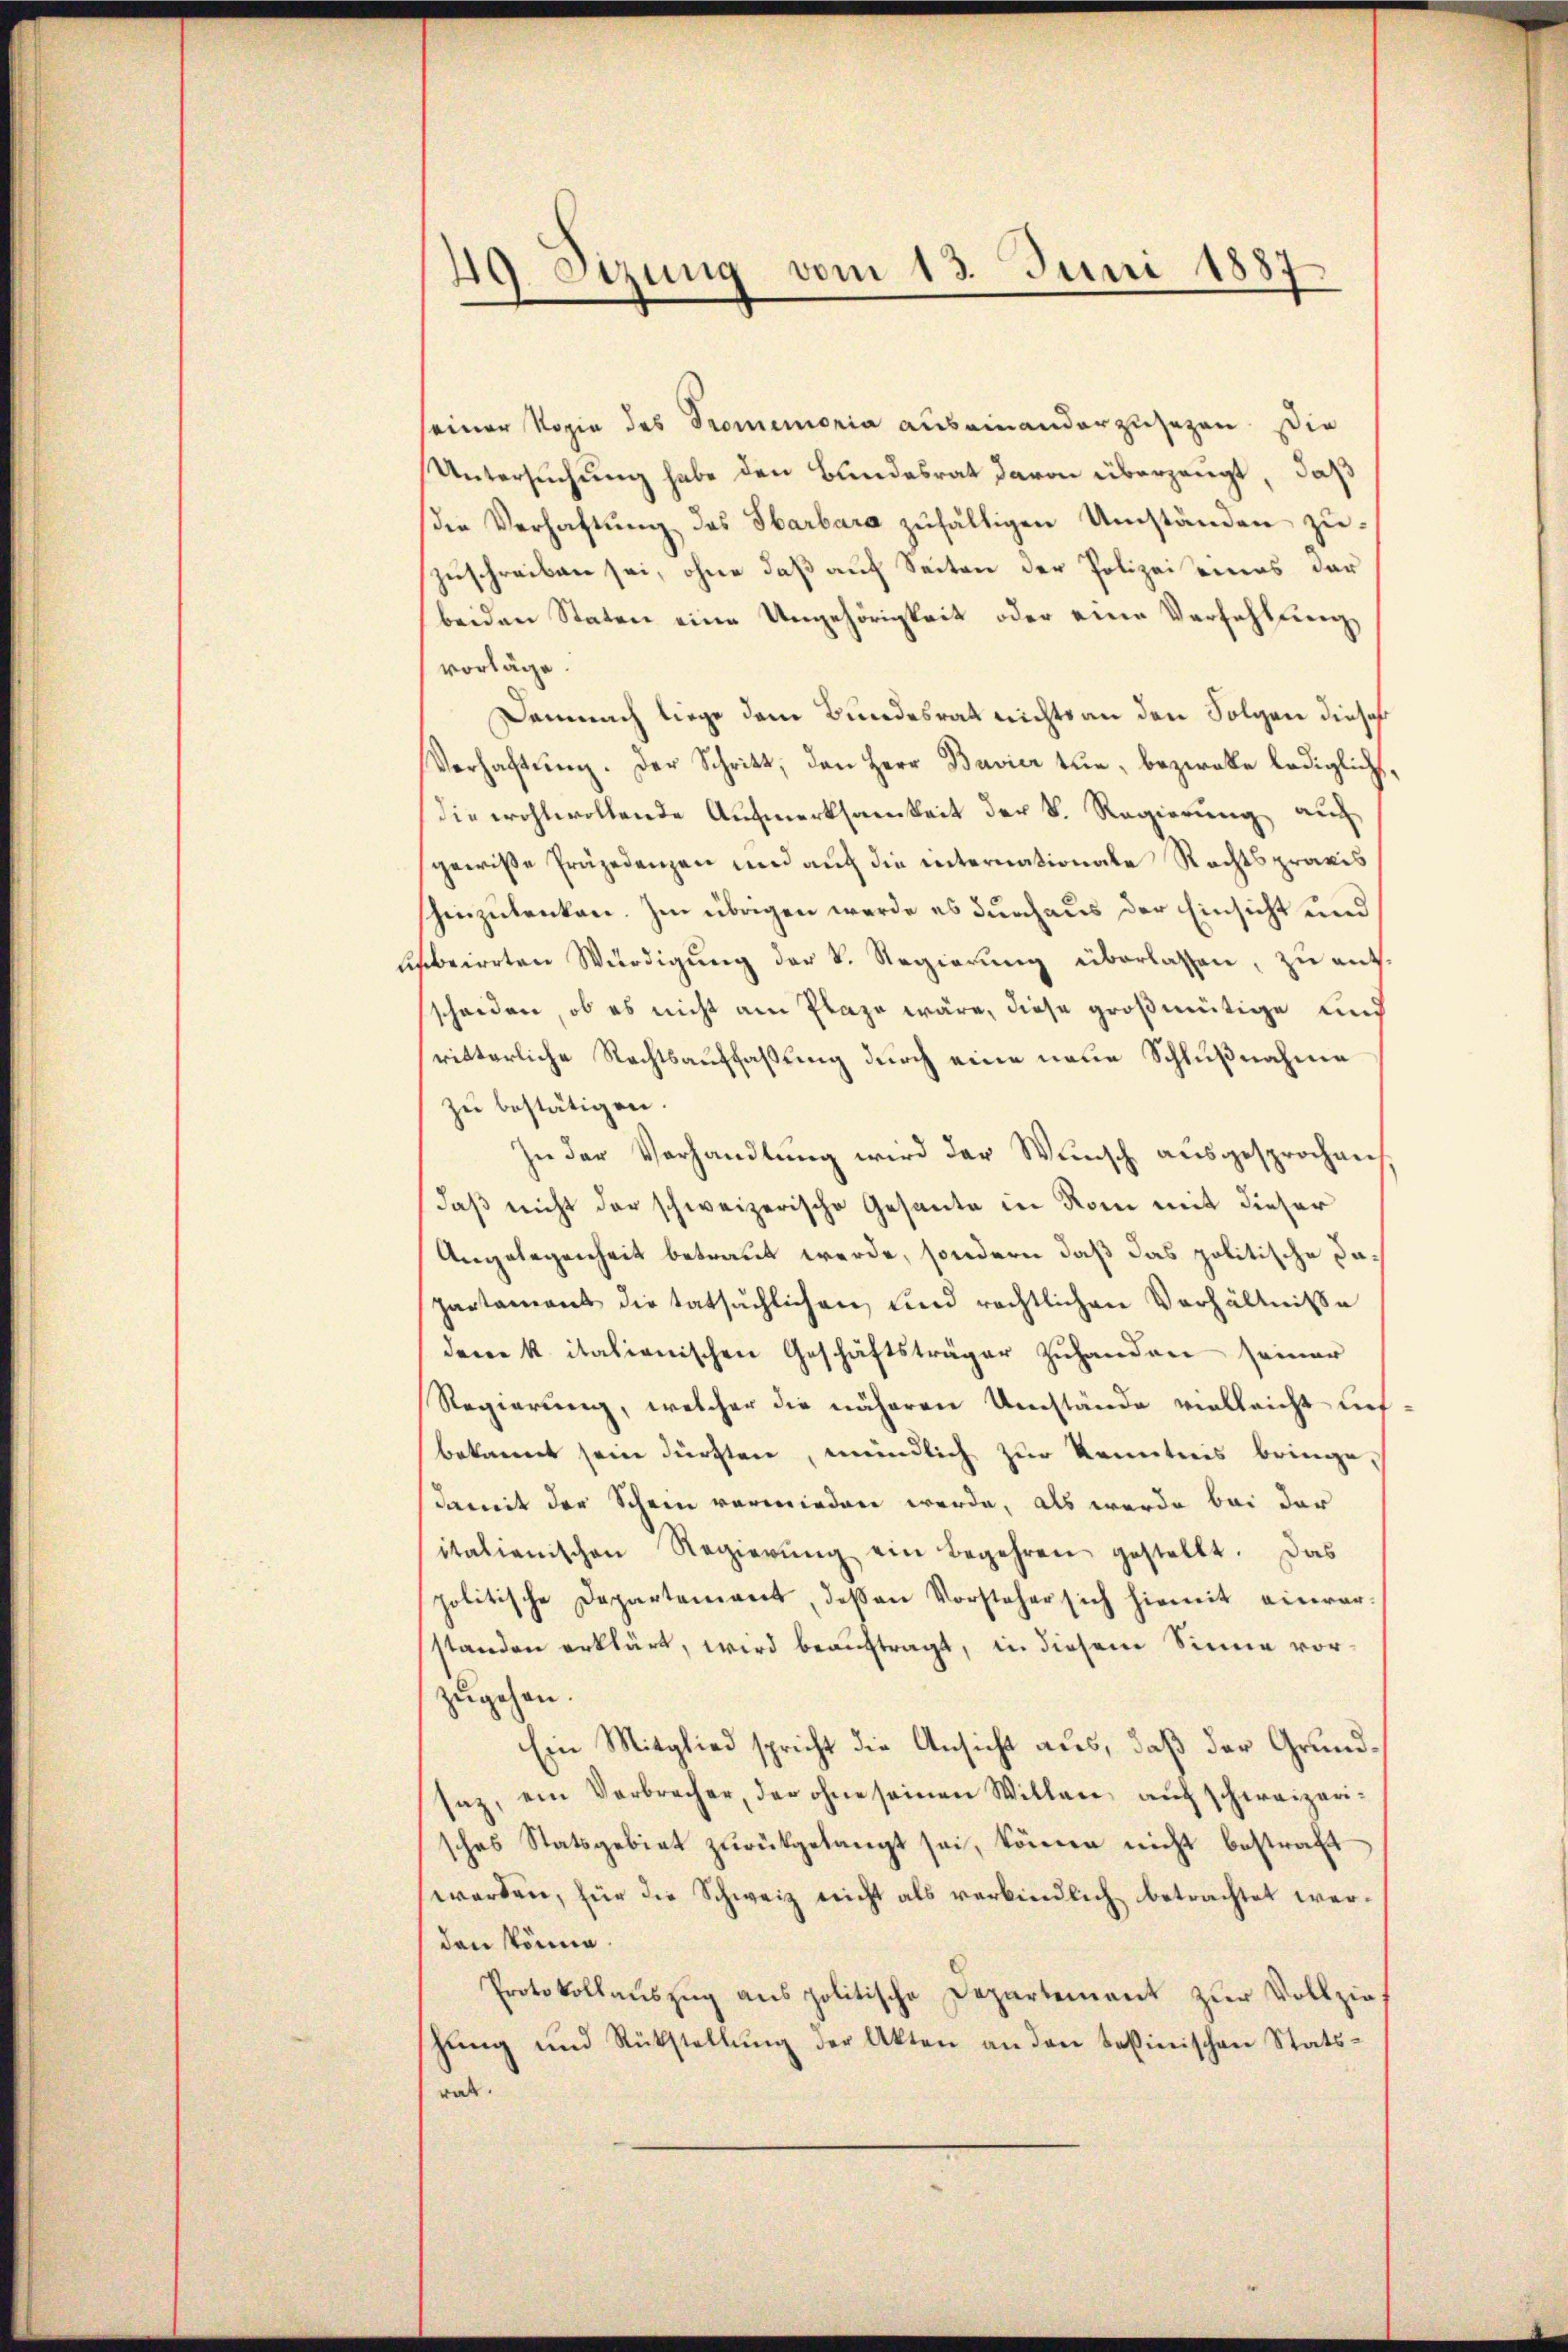
49. Sitzung vom 13. Juni 1887

seiner Vogie des Promemoria auseinander zugegen. Die
Untersuchung habe den Bundesrat davon überzeugt, daß
die Verhaftung des Barbara zufälligen Umständen zuzuschreiben sei, ohne daß auf Seiten der Polizei eines der
beiden Staten eine Ungehörigkeit oder eine Verfehlung,
vorläge.
Demnach liege dem Bundesrat nichts an den Folgen dieses
Verhaftŭng. Der Schritt, den Herr Bavier tun, bezwecke lediglich,
Die wohlwollende Aufmerksamkeit der V. Regierung, auch
gewiße Präjedenzen und auch die internationale Rechtspraxis
hinzulenken. Im übrigen werde es durchaus der Einsicht und
beirrten Würdigung der V. Regierung überlassen, zu aufscheiden, ob es nicht am Plaze wäre, diese großmütige und
ritterliche Rechtsauffaßung durch eine neue Schlußnahme
zu bestätigen.
In der Verhandlŭng wird der Wŭnsch aŭsgesprochen
daß nicht der schweizerische Gesante in Rom mit dieser
Angelegenheit betraut werde, sondern daß das politische Dapartament die tatsächlichen, und rechtlichen Verhältnisse
deme k. italienischen Geschäftsträger zuhanden seiner
Regierung, welcher die näheren Umstände vielleicht lit
bekannt sein dürften, meindlich zur Kenntnis bringe,
damit der Schein vermieden werde, als werde bei der
italienischen Regierŭng ein begehren gestellt. Das
politische Departement, deßen Vorsteher sich hiemit einverstanden erklärt, wird beauftragt, in diesem Sinne vorzugehen.
hin Mitglied spricht die Ansicht aus, daß der Grund¬
.
saz, ein Verbrecher, der ohne seinen Willen auf schweizerisches Statsgebiet zŭrückgelangt sei, können nicht bestraft
werden, für die Schweiz nicht als verbindlich betrachtet werden könne.
Protokollauszug aus politische Departement zur Vollziehŭng und Rückstellŭng der Akten an den tessinischen Statsrat.